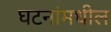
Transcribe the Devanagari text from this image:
घटनांमधील